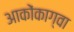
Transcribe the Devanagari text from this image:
आकोंकाग्वा